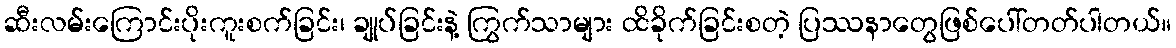
ဆီးလမ်းကြောင်းပိုးကူးစက်ခြင်း၊ ချုပ်ခြင်းနဲ့ ကြွက်သာများ ထိခိုက်ခြင်းစတဲ့ ပြဿနာတွေဖြစ်ပေါ်တတ်ပါတယ်။